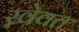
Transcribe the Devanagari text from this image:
ख़ेवत